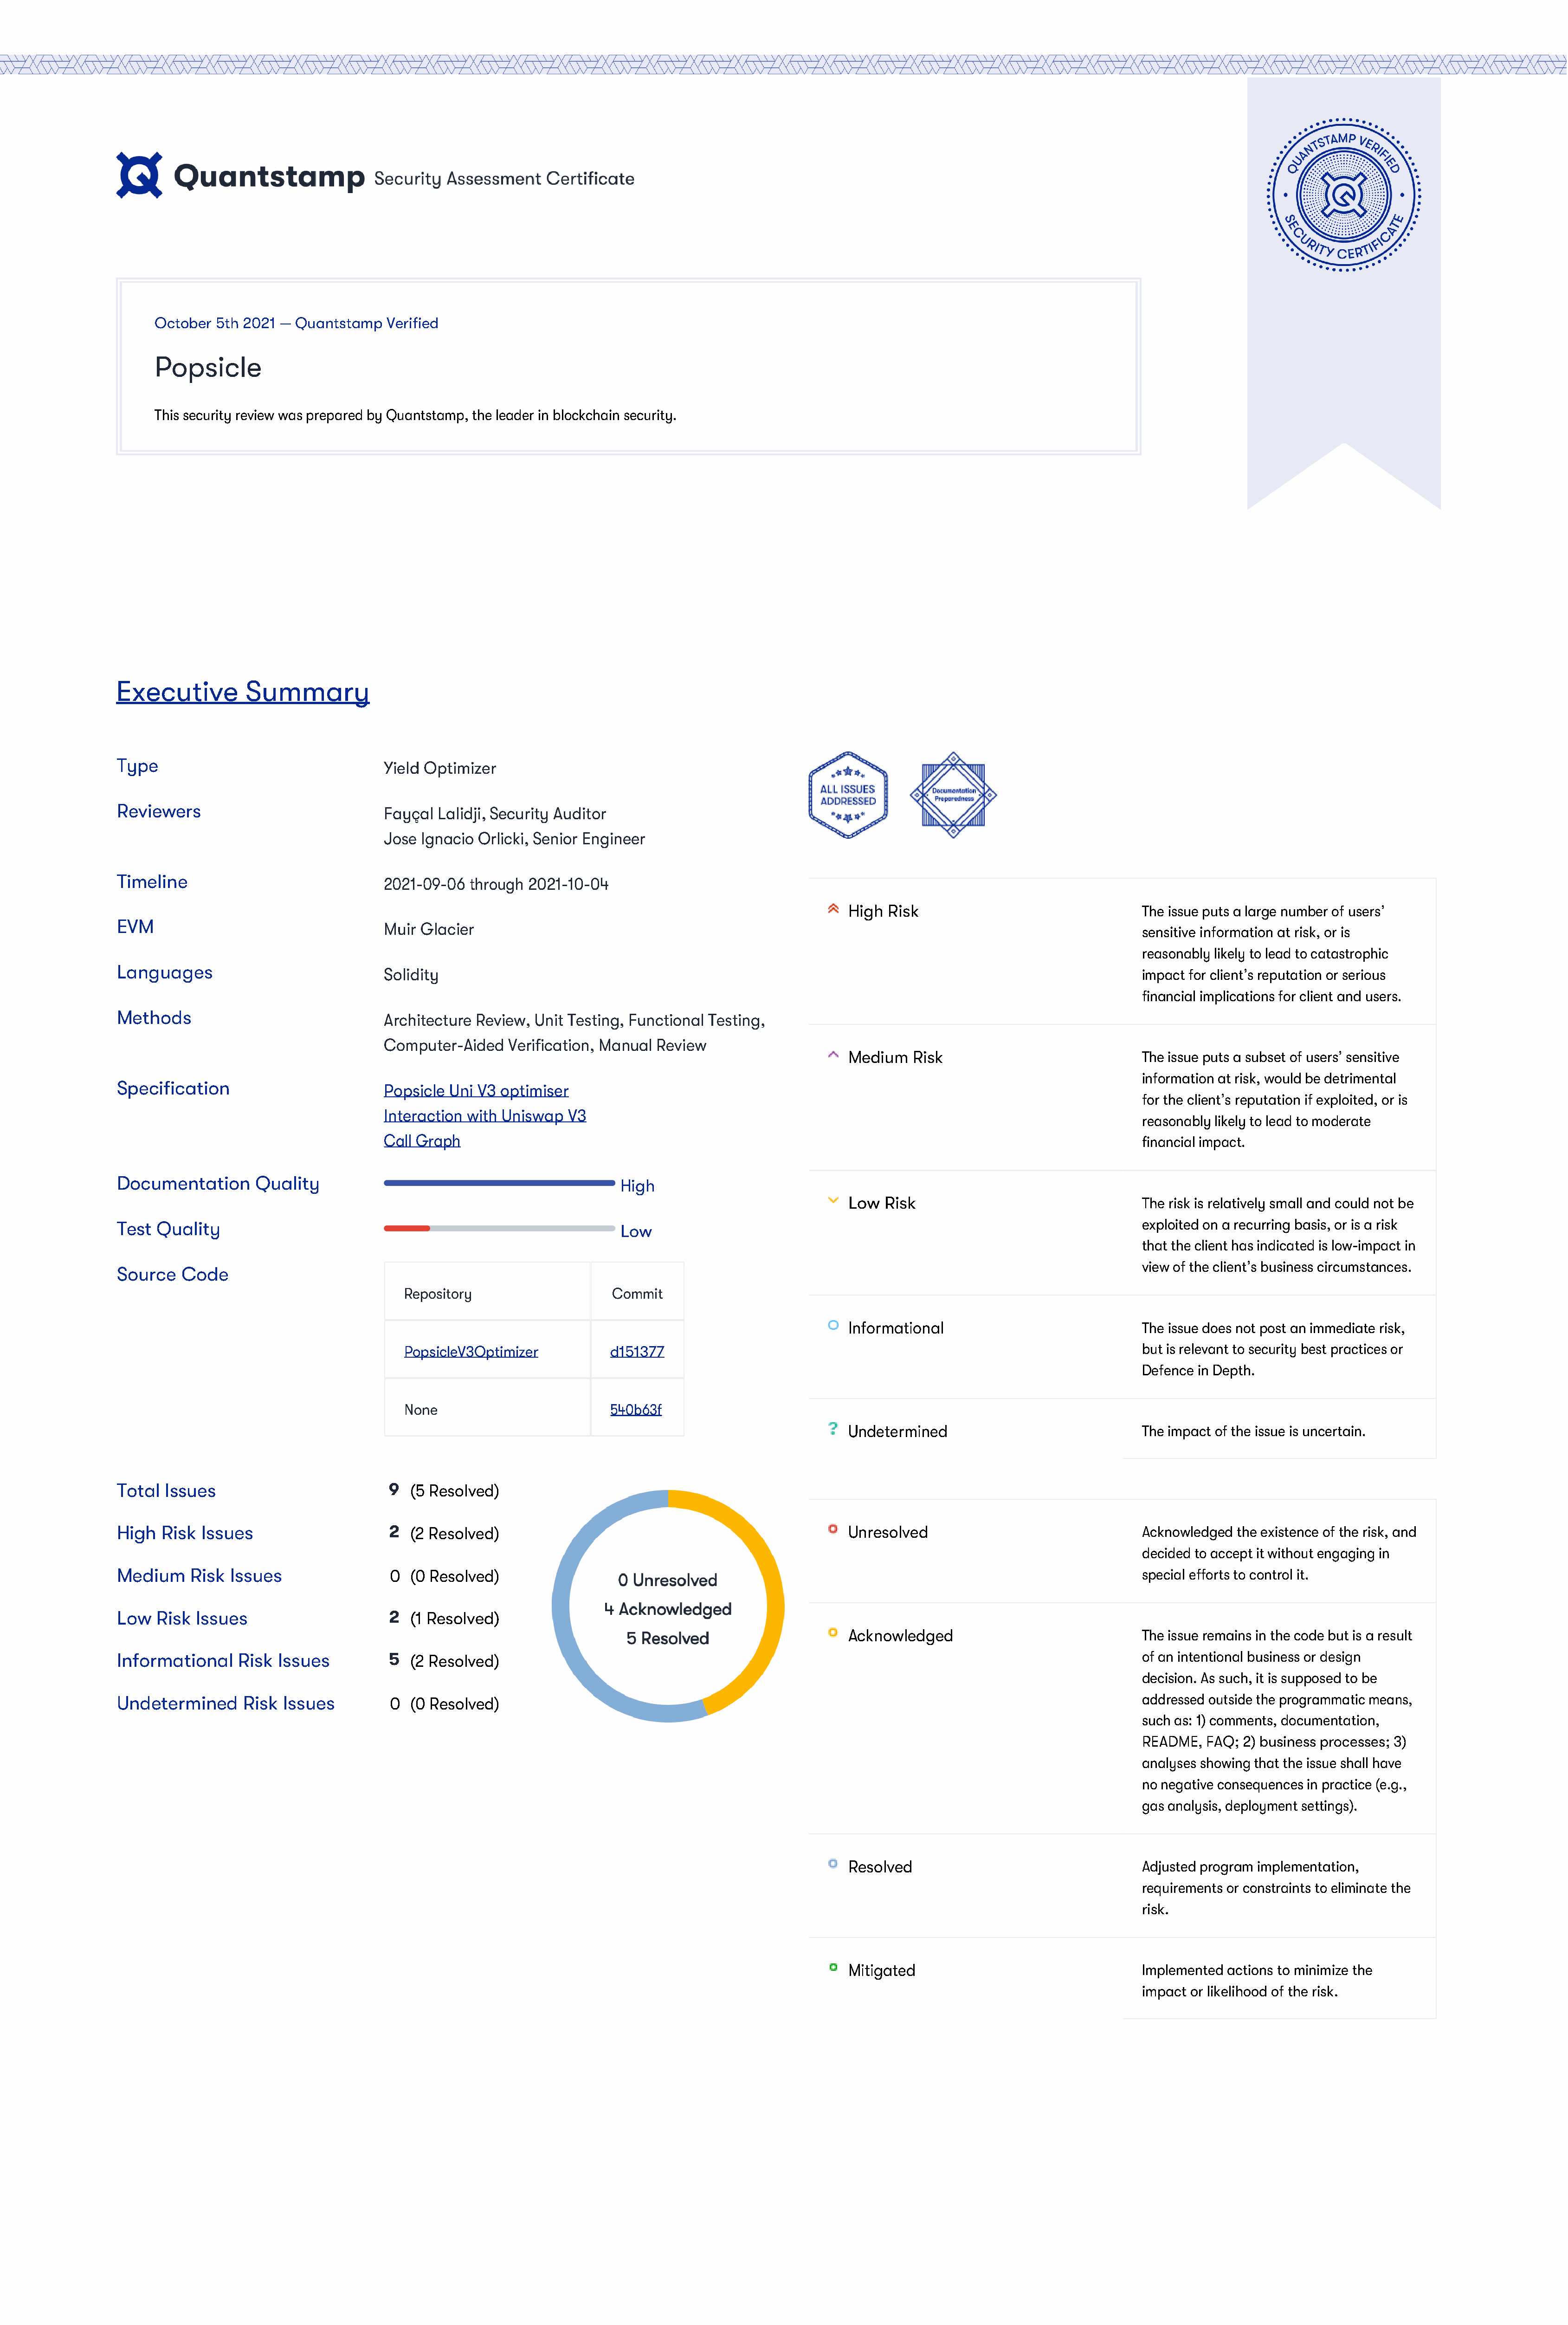
October  5th 2021 — Quantstamp   Verified
 Popsicle
 This security review was prepared by Quantstamp, the leader in blockchain security.
 Executive         Summary
 Type
 Yield Optimizer
 Reviewers
 Fayçal Lalidji, Security Auditor
 Jose Ignacio Orlicki, Senior Engineer
 Timeline
 2021-09-06  through 2021-10-04
 High  Risk                                The issue puts a large number of users’
 EVM
 Muir Glacier
 sensitive information at risk, or is
 reasonably likely to lead to catastrophic
 Languages
 Solidity                                                                                                    impact for client’s reputation or serious
 financial implications for client and users.
 Methods
 Architecture Review, Unit Testing, Functional Testing,
 Computer-Aided   Verification, Manual  Review
 Medium   Risk                             The issue puts a subset of users’ sensitive
 information at risk, would be detrimental
 Specification
 Popsicle Uni V3 optimiser
 for the client’s reputation if exploited, or is
 Interaction with Uniswap  V3
 reasonably likely to lead to moderate
 Call Graph                                                                                                  financial impact.
 Documentation      Quality
 High
 Low  Risk                                 The risk is relatively small and could not be
 Test Quality                                                                                                                                      exploited on a recurring basis, or is a risk
 Low
 that the client has indicated is low-impact in
 view of the client’s business circumstances.
 Source   Code
 Repository                   Commit
 Informational                             The issue does not post an immediate risk,
 PopsicleV3Optimizer          d151377                                                                     but is relevant to security best practices or
 Defence in Depth.
 None                         540b63f
 Undetermined                              The impact of the issue is uncertain.
 Total  Issues                         9  (5 Resolved)
 High  Risk  Issues                    2  (2 Resolved)                                                   Unresolved                                Acknowledged the existence of the risk, and
 decided to accept it without engaging in
 Medium    Risk  Issues                 0 (0 Resolved)                                                                                             special efforts to control it.
 Low  Risk  Issues                     2  (1 Resolved)
 Acknowledged                              The issue remains in the code but is a result
 Informational    Risk  Issues         5  (2 Resolved)                                                                                             of an intentional business or design
 decision. As such, it is supposed to be
 Undetermined      Risk Issues          0 (0 Resolved)                                                                                             addressed outside the programmatic means,
 such as: 1) comments, documentation,
 README,  FAQ; 2) business processes; 3)
 analyses showing that the issue shall have
 no negative consequences in practice (e.g.,
 gas analysis, deployment settings).
 Resolved                                  Adjusted program implementation,
 requirements or constraints to eliminate the
 risk.
 Mitigated                                 Implemented actions to minimize the
 impact or likelihood of the risk.